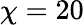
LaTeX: \chi=20